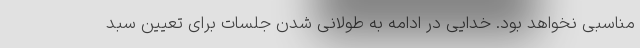
مناسبی نخواهد بود. خدایی در ادامه به طولانی شدن جلسات برای تعیین سبد